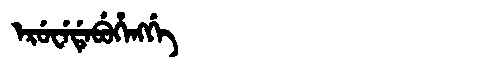
Manchu: ᡝᡵᡠᠸᡝᡩᡝᠪᡠᡥᡝᠩᡤᡝ
Romanization: ERUWEDEBUHENGGE